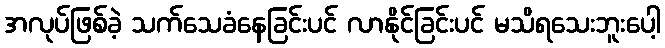
အလုပ်ဖြစ်ခဲ့ သက်သေခံနေခြင်းပင် လာနိုင်ခြင်းပင် မသိရသေးဘူးပေါ့